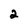
Character: 2